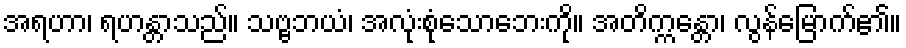
အရဟာ၊ ရဟန္တာသည်။ သဗ္ဗဘယံ၊ အလုံးစုံသောဘေးကို။ အတိက္ကန္တော၊ လွန်မြောက်၏။